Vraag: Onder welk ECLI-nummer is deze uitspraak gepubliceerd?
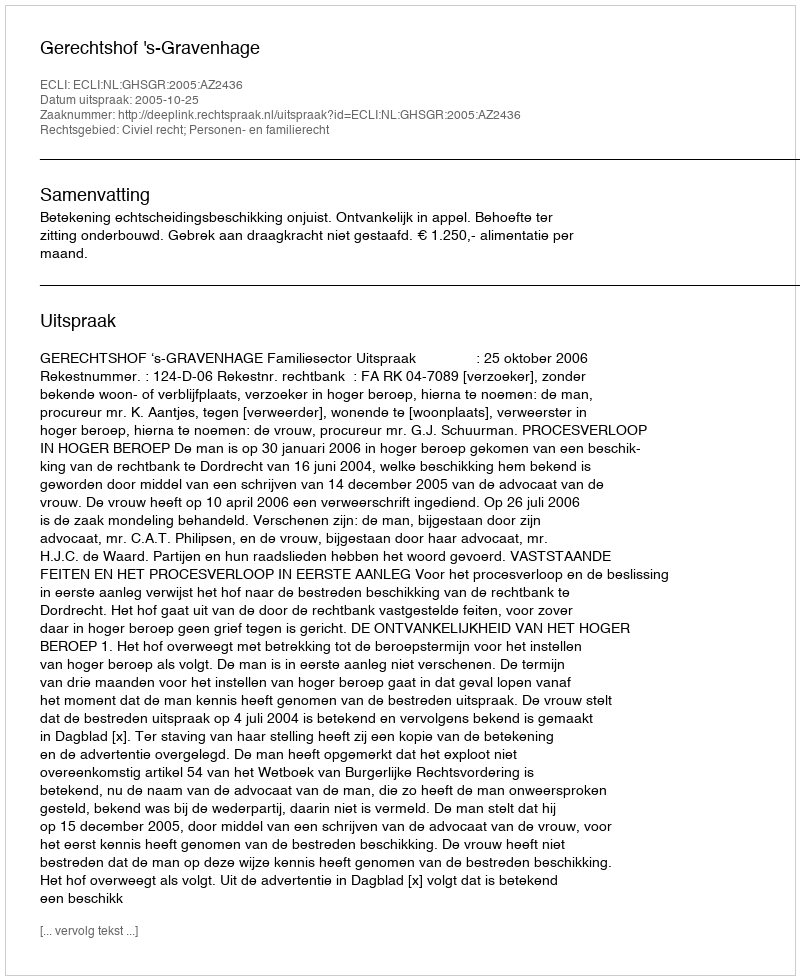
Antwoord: ECLI:NL:GHSGR:2005:AZ2436